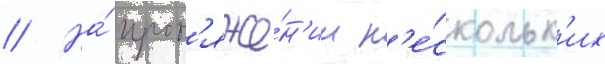
// На́ прот'яже́н'ии н'е́скольк'их